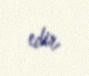
edir.